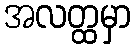
အလတ္ထမှာ